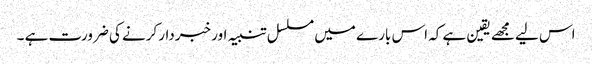
اس لیے مجھے یقین ہے کہ اس بارے میں مسلسل تنبیہ اور خبردار کرنے کی ضرورت ہے ۔